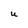
Character: u